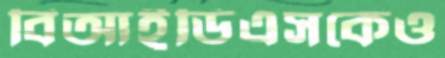
বিআইডিএসকেও